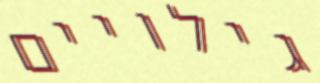
גילויים